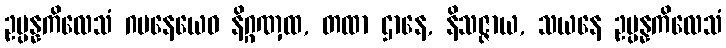
ဥပ္ပန္နကိလေသံ ဂမနေယေဝ နိဂ္ဂဏှထ, တထာ ဌာနေ, နိသဇ္ဇာယ, သယနေ ဥပ္ပန္နကိလေသံ